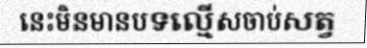
នេះមិនមានបទល្មើសចាប់សត្វ